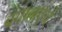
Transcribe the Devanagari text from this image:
बंगालएवं